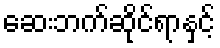
ဆေးဘက်ဆိုင်ရာနှင့်